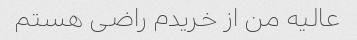
عالیه من از خریدم راضی هستم